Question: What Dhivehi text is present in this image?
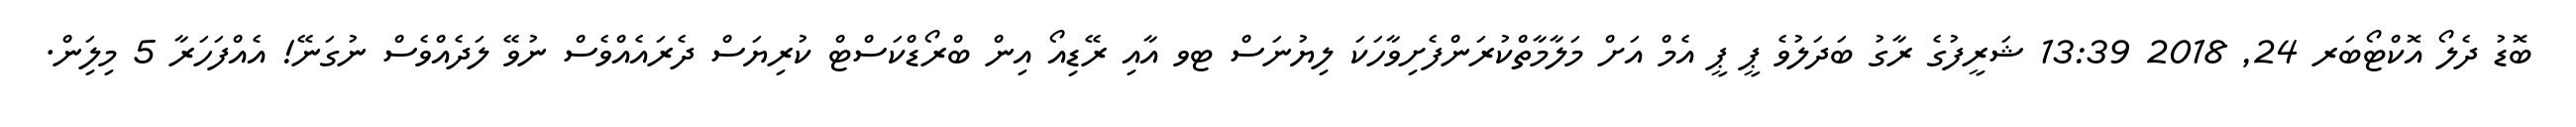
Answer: ބޮޑު ދެލޯ އޮކްޓޯބަރ 24, 2018 13:39 ޝަރީފުގެ ރާގު ބަދަލުވެ ޕީ ޕީ އެމް އަށް މަލާމާތްކުރަންފެށިވާހަކަ ލިޔުނަސް ޓވ އާއި ރޭޑިއޯ އިން ބްރޯޑްކަސްޓް ކުރިޔަސް ދެރައެއްވެސް ނުވޭ ލަދެއްވެސް ނުގަނޭ! އެއްފަހަރާ 5 މިލިަން.